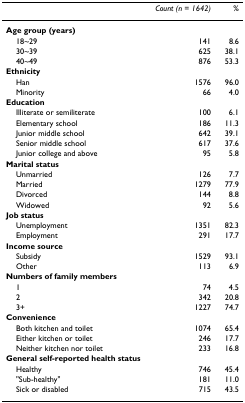
|  | Count (n = 1642) | % |
 | --- | --- | --- |
 | <COLSPAN=3> Age group (years) |
 | 18~29 | 141 | 8.6 |
 | 30~39 | 625 | 38.1 |
 | 40~49 | 876 | 53.3 |
 | <COLSPAN=3> Ethnicity |
 | Han | 1576 | 96.0 |
 | Minority | 66 | 4.0 |
 | <COLSPAN=3> Education |
 | Illiterate or semiliterate | 100 | 6.1 |
 | Elementary school | 186 | 11.3 |
 | Junior middle school | 642 | 39.1 |
 | Senior middle school | 617 | 37.6 |
 | Junior college and above | 95 | 5.8 |
 | <COLSPAN=3> Marital status |
 | Unmarried | 126 | 7.7 |
 | Married | 1279 | 77.9 |
 | Divorced | 144 | 8.8 |
 | Widowed | 92 | 5.6 |
 | <COLSPAN=3> Job status |
 | Unemployment | 1351 | 82.3 |
 | Employment | 291 | 17.7 |
 | <COLSPAN=3> Income source |
 | Subsidy | 1529 | 93.1 |
 | Other | 113 | 6.9 |
 | <COLSPAN=3> Numbers of family members |
 | 1 | 74 | 4.5 |
 | 2 | 342 | 20.8 |
 | 3+ | 1227 | 74.7 |
 | <COLSPAN=3> Convenience |
 | Both kitchen and toilet | 1074 | 65.4 |
 | Either kitchen or toilet | 246 | 17.7 |
 | Neither kitchen nor toilet | 233 | 16.8 |
 | <COLSPAN=3> General self-reported health status |
 | Healthy | 746 | 45.4 |
 | "Sub-healthy" | 181 | 11.0 |
 | Sick or disabled | 715 | 43.5 |